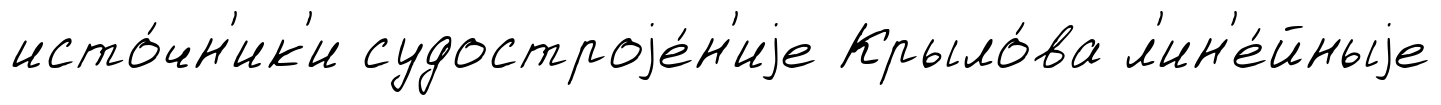
исто́чн'ик'и судостроjе́н'иjе Крыло́ва л'ин'е́йныjе